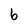
Character: 6